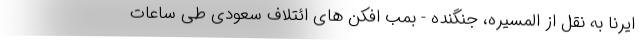
ایرنا به نقل از المسیره، جنگنده - بمب افکن های ائتلاف سعودی طی ساعات